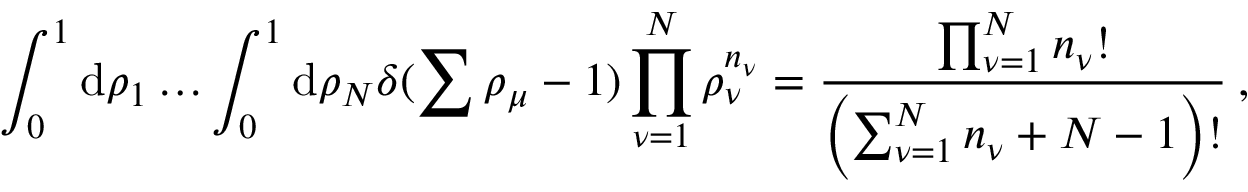
\int _ { 0 } ^ { 1 } \mathrm { d } \rho _ { 1 } \ldots \int _ { 0 } ^ { 1 } \mathrm { d } \rho _ { N } \delta ( \sum \rho _ { \mu } - 1 ) \prod _ { \nu = 1 } ^ { N } \rho _ { \nu } ^ { n _ { \nu } } = \frac { \prod _ { \nu = 1 } ^ { N } n _ { \nu } ! } { \left( \sum _ { \nu = 1 } ^ { N } n _ { \nu } + N - 1 \right) ! } \: ,